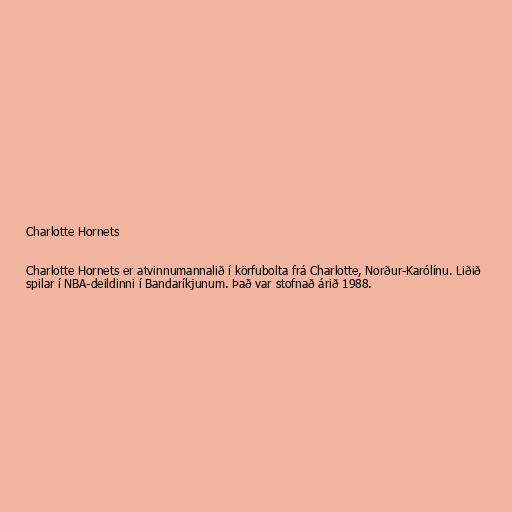
Charlotte Hornets

Charlotte Hornets er atvinnumannalið í körfubolta frá Charlotte, Norður-Karólínu. Liðið
spilar í NBA-deildinni í Bandaríkjunum. Það var stofnað árið 1988.